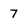
Character: 7